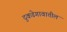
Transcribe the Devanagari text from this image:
दुकडेगावातील